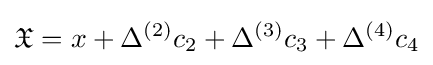
{\mathfrak {X}}=x+\Delta ^{(2)}c_{2}+\Delta ^{(3)}c_{3}+\Delta ^{(4)}c_{4}